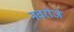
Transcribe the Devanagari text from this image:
नवरोजे